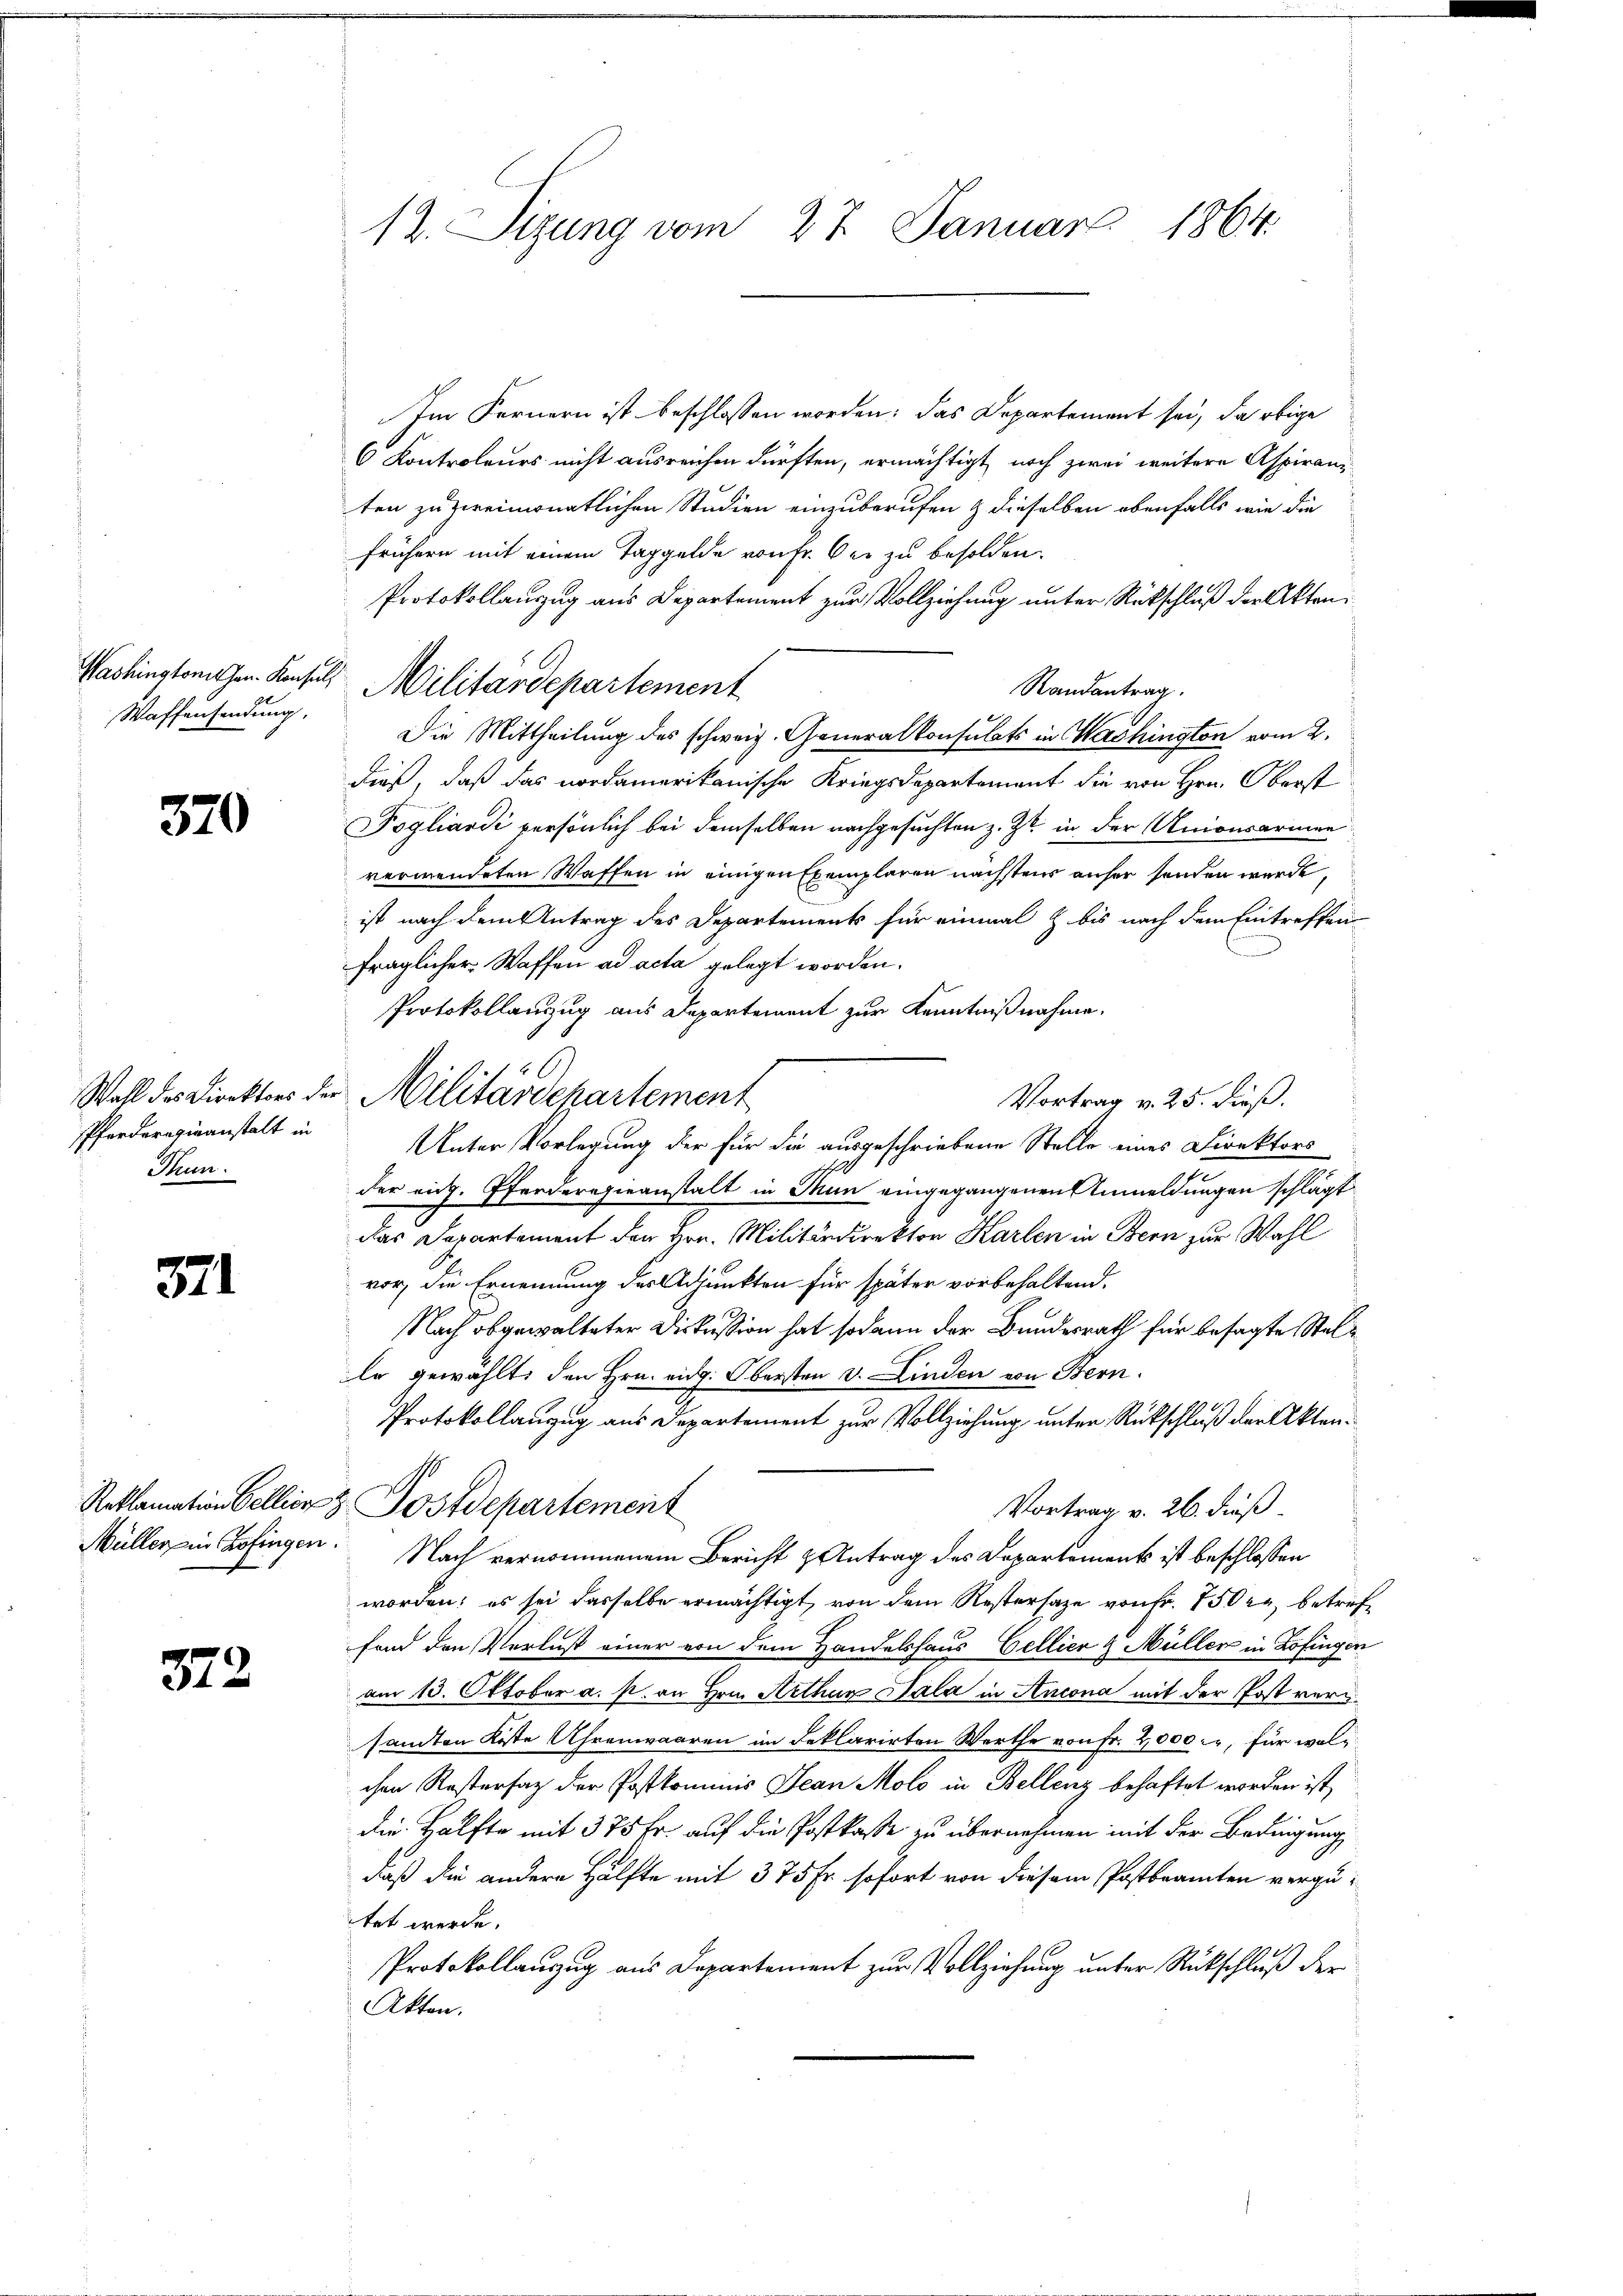
Waffensendung,

370

Pferderarisanstalt in
Thun.

371.

372.

Im Fernern ist beschlossen worden: das Departement sei, da obige
6 Kontroleurs nicht ausreichen dürften, ermächtigt noch zwei weitere Aspiranz
ten zu vereimonatlichen Studien einzuberufen & dieselben ebenfalls wie die
frühern mit einem Taggelde von Fr. Der zu besolden.
Protokollauszug aus Departement zur Vollziehung unter Rückschluß der Akten
Randantrag
Die Mittheilung des schweiz. Generalkonsulats in Washington vom 2.
dieß, daß das nordamerikanische Kriegsdepartement die von Hrn. Oberst
ogliardi persönlich bei demselben nachgesuchten z. Zt. in der Unionsarmenverwendeten Waffen in einigen Exemplaren nächstens anher senden werde,
ist nach dem Antrag des Departements für einmal z bis nach dem Eintreffen
fraglicher Waffen ad acta gelegt worden.
Protokollanzug aus Departement zur Kenntnißnahme.
Woll des Direktens der Militärschartement
Vortrag v. 25. dieß.
Unter Vorlegung der für die ausgeschriebene Stelle eines Direktors
sh
der eid. Pferderogieanstalt in Man eingegangenen Anmeldungen schlägt
das Departement den Hrn. Militärdirektor Karlen in Bern zur Wahl
vor, die Ernennung des Adjunkten für später vorbehaltend.
Nach abgewalteter Diskussion hat sodann der Bundesrath für besagte Stelle gewählt, den Hrn. eidg. Obersten v. Linden von Bern.
Protokollanzug aus Departement zur Vollziehung unter Rückschluß der Akten¬
Reklamation Cellier z. Postdepartement
Vortrag v. 26. dieß.
Müller in Zofingen. Nach vernommenem Bericht & Antrag des Departement ist beschlossen
worden; es sei dasselbe ermächtigt, von dem Restersage von Fr. 750 kr betreffond den Verlust einer von dem Handelshaus Cellier & Müller in Zofingen
am 13. Oktober a. p. an Hrn. Aethan Sala in Ancona mit der Post versandten Kiste Uhrenwaaren im Feklarirten Werthe von Fr. 2,000, für welchen Restersatz der Postkominis Jean Molo in Bellenz behaftet worden ist,
Die Hälfte mit 375 Fr. auf die Postkasse zu übernehmen mit der Bedingung
daß die andere Hälfte mit 375 Fr. sofort von diesem Postbeamten vergütet werde.
Protokollauszug aus Departement zur Vollziehung unter Rückschluß der
Akten.

12. Sizung vom 27. Januar 1864.

Washingtonischen Konsul Militärdepartement